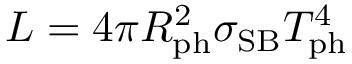
L = 4 \pi R _ { \mathrm { p h } } ^ { 2 } \sigma _ { \mathrm { S B } } T _ { \mathrm { p h } } ^ { 4 }